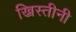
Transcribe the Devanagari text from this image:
ख्रिस्तीनी